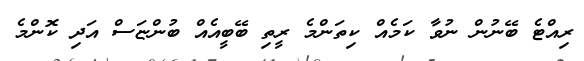
ރިއްޓެ ބޭނުން ނުވާ ކަމެއް ކިތަންމެ ރީތި ބޭބީއެއް ބުންޏަސް އަދި ކޮންމެ